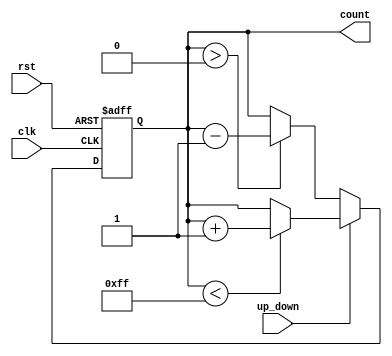
module pulse_counter (
    input wire clk,            // Pulse input
    input wire rst,            // Asynchronous reset
    input wire up_down,        // Count direction (1 for up, 0 for down)
    output reg [7:0] count     // 8-bit count output
);

    // Parameter for maximum count value
    parameter MAX_COUNT = 8'hFF; // 255 for an 8-bit counter
    parameter MIN_COUNT = 8'h00;  // 0 for an 8-bit counter

    // Always block for counting operations
    always @(posedge clk or posedge rst) begin
        if (rst) begin
            count <= MIN_COUNT; // Reset count to minimum value
        end else begin
            if (up_down) begin
                if (count < MAX_COUNT) begin
                    count <= count + 1; // Increment count
                end
            end else begin
                if (count > MIN_COUNT) begin
                    count <= count - 1; // Decrement count
                end
            end
        end
    end

endmodule